Source: Handwritten
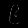
Digit: ၉ (9)